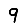
Digit: 9